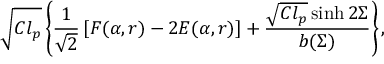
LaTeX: \sqrt { C l _ { p } } \left\{ \frac { 1 } { \sqrt { 2 } } \left[ F ( \alpha , r ) - 2 E ( \alpha , r ) \right] + \frac { \sqrt { C l _ { p } } \sinh 2 \Sigma } { b ( \Sigma ) } \right\} ,